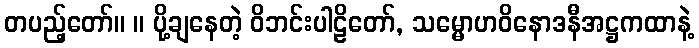
တပည့်တော်။ ။ ပို့ချနေတဲ့ ဝိဘင်းပါဠိတော်, သမ္မောဟဝိနောဒနီအဋ္ဌကထာနဲ့